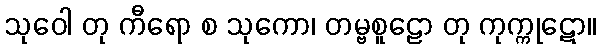
သုဝေါ တု ကီရော စ သုကော၊ တမ္ဗစူဠော တု ကုက္ကုဋော။